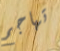
تهاجم